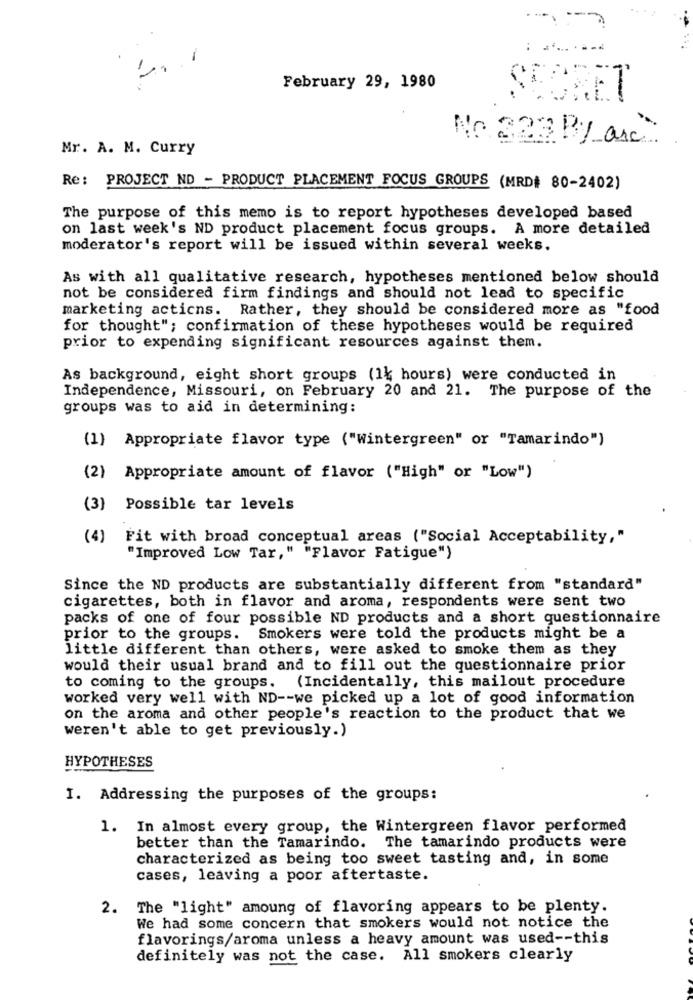
-
February 29, 1980
SECRET
No 322 By arc"
Mr. A. M. Curry
Re: PROJECT ND - PRODUCT PLACEMENT FOCUS GROUPS (MRD# 80-2402)
The purpose of this memo is to report hypotheses developed based
on last week's ND product placement focus groups. A more detailed
moderator's report will be issued within several weeks.
As with all qualitative research, hypotheses mentioned below should
not be considered firm findings and should not lead to specific
marketing acticns. Rather, they should be considered more as "food
for thought"; confirmation of these hypotheses would be required
prior to expending significant resources against them.
As background, eight short groups (14 hours) were conducted in
Independence, Missouri, on February 20 and 21. The purpose of the
groups was to aid in determining:
(1) Appropriate flavor type ("Wintergreen" or "Tamarindo")
(2) Appropriate amount of flavor ("High" or "Low")
(3)
Possible tar levels
(4)
Fit with broad conceptual areas ("Social Acceptability,"
"Improved Low Tar," "Flavor Fatigue")
Since the ND products are substantially different from "standard"
cigarettes, both in flavor and aroma, respondents were sent two
packs of one of four possible ND products and a short questionnaire
prior to the groups. Smokers were told the products might be a
little different than others, were asked to smoke them as they
would their usual brand and to fill out the questionnaire prior
to coming to the groups. (Incidentally, this mailout procedure
worked very well with ND -- we picked up a lot of good information
on the aroma and other people's reaction to the product that we
weren't able to get previously.)
HYPOTHESES
I. Addressing the purposes of the groups:
1. In almost every group, the Wintergreen flavor performed
better than the Tamarindo. The tamarindo products were
characterized as being too sweet tasting and, in some
cases, leaving a poor aftertaste.
2. The "light" amoung of flavoring appears to be plenty.
We had some concern that smokers would not notice the
flavorings/aroma unless a heavy amount was used -- this
definitely was not the case. All smokers clearly